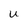
Character: U